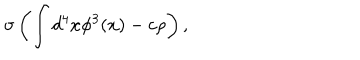
\sigma \left( \int d ^ { 4 } x \phi ^ { 3 } ( x ) - c \rho \right) ,